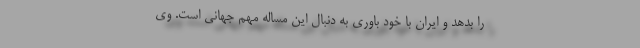
را بدهد و ایران با خود باوری به دنبال این مساله مهم جهانی است. وی